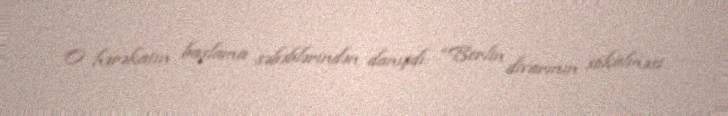
O hərəkatın başlama səbəblərindən danışdı: “Berlin divarının sökülməsi